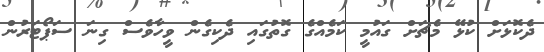
ދެކޮޅަށް ކުޅޭ މެޗަށް ގައުމީ ކަމެއްގެ ގޮތުގައި ދެކިގެން ވީހާވެސް ގިނަ ސަޕޯޓަރުން